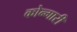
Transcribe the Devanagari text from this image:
कोन्गारी